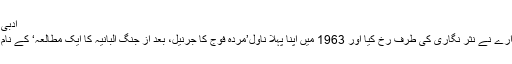
ادبی زندگی[ترمیم]
1960میں کدارے نے نثر نگاری کی طرف رخ کیا اور 1963 میں اپنا پہلا ناول’مردہ فوج کا جرنیل، بعد از جنگ البانیہ کا ایک مطالعہ‘ کے نام سے شائع کیا۔